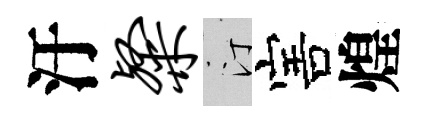
汙粲汀害煌